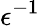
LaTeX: \epsilon^{-1}